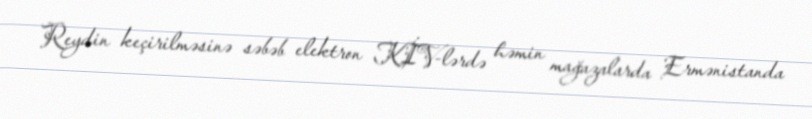
Reydin keçirilməsinə səbəb elektron KİV-lərdə həmin mağazalarda Ermənistanda